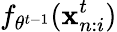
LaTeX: f_{\theta^{t-1}}(\mathbf{x}_{n:i}^{t})